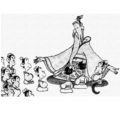
恻隐之心，人皆有之